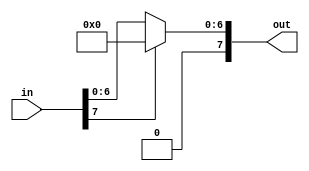
`timescale 1ns/1ns

module ActivationFunc( in, out);

    // Relu
    parameter size = 8;
    input [size-1:0] in;
    output [size-1:0] out;

    assign out = in[size-1] ? 0 : in;

endmodule